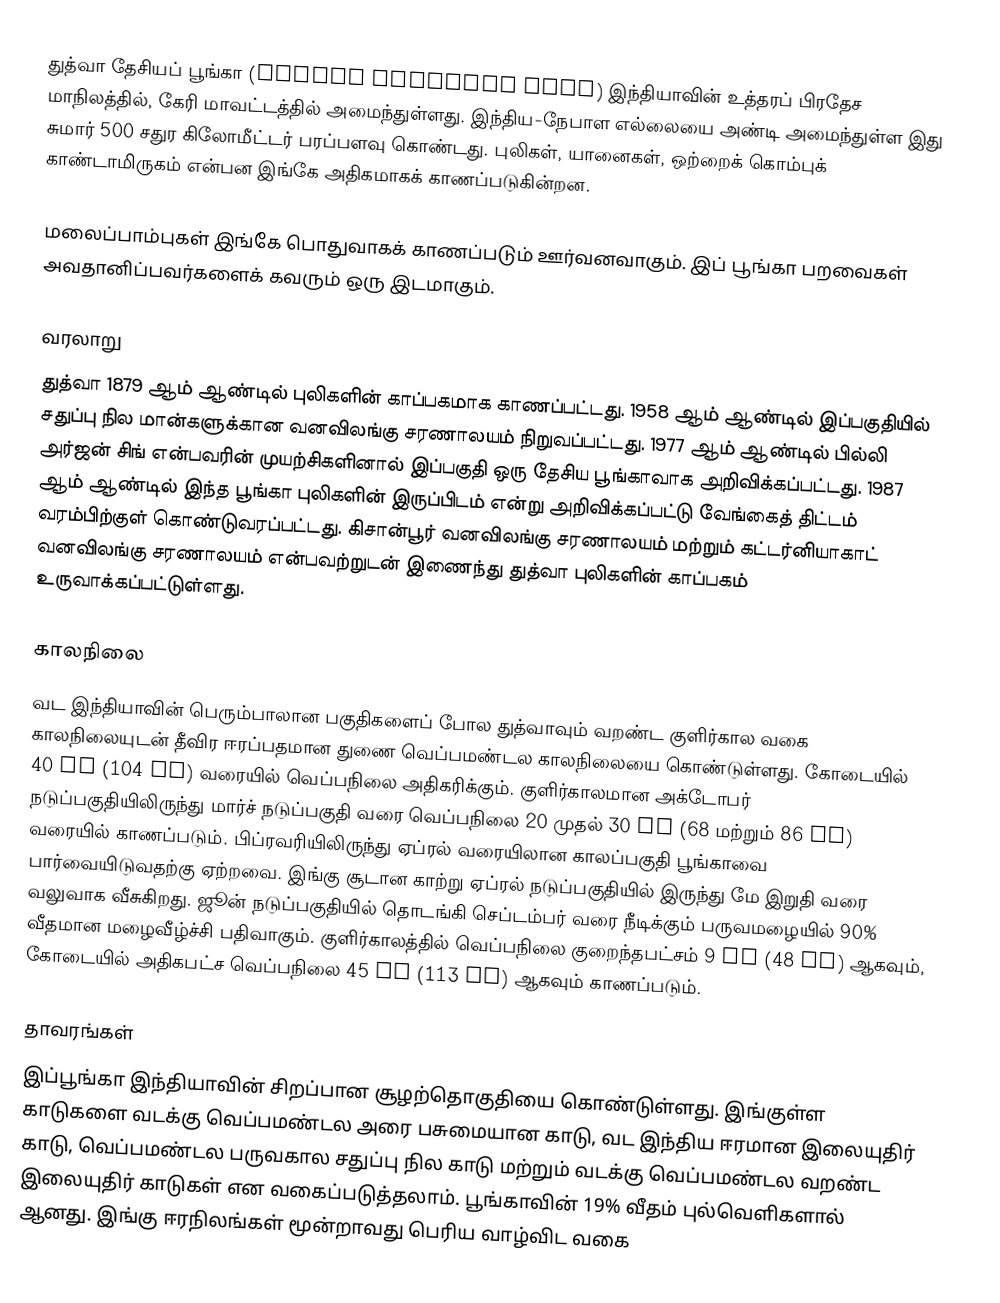
துத்வா தேசியப் பூங்கா (Dhudwa National Park) இந்தியாவின் உத்தரப் பிரதேச மாநிலத்தில், கேரி மாவட்டத்தில் அமைந்துள்ளது. இந்திய-நேபாள எல்லையை அண்டி அமைந்துள்ள இது சுமார் 500 சதுர கிலோமீட்டர் பரப்பளவு கொண்டது. புலிகள், யானைகள், ஒற்றைக் கொம்புக் காண்டாமிருகம்  என்பன இங்கே அதிகமாகக் காணப்படுகின்றன.

மலைப்பாம்புகள் இங்கே பொதுவாகக் காணப்படும் ஊர்வனவாகும்.  இப் பூங்கா பறவைகள் அவதானிப்பவர்களைக் கவரும் ஒரு இடமாகும்.

வரலாறு
துத்வா 1879 ஆம் ஆண்டில் புலிகளின் காப்பகமாக காணப்பட்டது. 1958 ஆம் ஆண்டில் இப்பகுதியில் சதுப்பு நில மான்களுக்கான வனவிலங்கு சரணாலயம் நிறுவப்பட்டது. 1977 ஆம் ஆண்டில் பில்லி அர்ஜன் சிங் என்பவரின் முயற்சிகளினால் இப்பகுதி ஒரு தேசிய பூங்காவாக அறிவிக்கப்பட்டது. 1987 ஆம் ஆண்டில் இந்த பூங்கா புலிகளின் இருப்பிடம் என்று அறிவிக்கப்பட்டு வேங்கைத் திட்டம் வரம்பிற்குள் கொண்டுவரப்பட்டது. கிசான்பூர் வனவிலங்கு சரணாலயம் மற்றும் கட்டர்னியாகாட் வனவிலங்கு சரணாலயம் என்பவற்றுடன் இணைந்து துத்வா புலிகளின் காப்பகம் உருவாக்கப்பட்டுள்ளது.

காலநிலை
வட இந்தியாவின் பெரும்பாலான பகுதிகளைப் போல துத்வாவும் வறண்ட குளிர்கால வகை காலநிலையுடன் தீவிர ஈரப்பதமான துணை வெப்பமண்டல காலநிலையை கொண்டுள்ளது. கோடையில் 40 °C (104 °F) வரையில் வெப்பநிலை அதிகரிக்கும்.  குளிர்காலமான அக்டோபர் நடுப்பகுதியிலிருந்து மார்ச் நடுப்பகுதி வரை வெப்பநிலை 20 முதல் 30 °C (68 மற்றும் 86 °F) வரையில் காணப்படும். பிப்ரவரியிலிருந்து ஏப்ரல் வரையிலான காலப்பகுதி பூங்காவை பார்வையிடுவதற்கு ஏற்றவை. இங்கு சூடான காற்று ஏப்ரல் நடுப்பகுதியில் இருந்து மே இறுதி வரை வலுவாக வீசுகிறது. ஜூன் நடுப்பகுதியில் தொடங்கி செப்டம்பர் வரை  நீடிக்கும் பருவமழையில் 90% வீதமான மழைவீழ்ச்சி பதிவாகும். குளிர்காலத்தில் வெப்பநிலை குறைந்தபட்சம் 9 °C (48 °F) ஆகவும், கோடையில் அதிகபட்ச வெப்பநிலை 45 °C (113 °F) ஆகவும் காணப்படும்.

தாவரங்கள்
இப்பூங்கா இந்தியாவின் சிறப்பான சூழற்தொகுதியை கொண்டுள்ளது. இங்குள்ள காடுகளை வடக்கு வெப்பமண்டல அரை பசுமையான காடு, வட இந்திய ஈரமான இலையுதிர் காடு, வெப்பமண்டல பருவகால சதுப்பு நில காடு மற்றும் வடக்கு வெப்பமண்டல வறண்ட இலையுதிர் காடுகள் என வகைப்படுத்தலாம். பூங்காவின் 19% வீதம் புல்வெளிகளால் ஆனது. இங்கு ஈரநிலங்கள் மூன்றாவது பெரிய வாழ்விட வகை